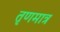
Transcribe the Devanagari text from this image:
तृणमात्र